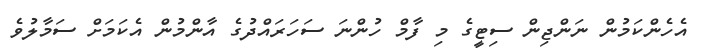
އެހެންކަމުން ނަންޖިން ސިޓީގެ މި ފާމް ހުންނަ ސަހަރައްދުގެ އާންމުން އެކަމަށް ސަމާލުވެ